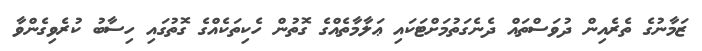
ޒަމާނުގެ ތެރެއިން ދުވަސްތައް ދެނެގަތުމަށްޓަކައި ޢަލާމާތެއްގެ ގޮތުން ހެކިތަކެއްގެ ގޮތުގައި ހިސާބު ކުރެވިގެންވާ